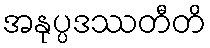
အနုပ္ပဒဿတီတိ